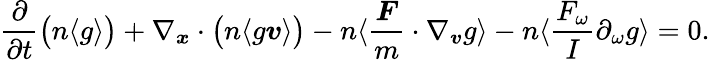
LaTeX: \frac{\partial}{\partial t}\big(n\langle g\rangle\big)+\nabla_{\boldsymbol{x}}\cdot\big(n\langle g\boldsymbol{v}\rangle\big)-n\langle\frac{\boldsymbol{F}}{m}\cdot\nabla_{\boldsymbol{v}}g\rangle-n\langle\frac{F_{\omega}}{I}\partial_{\omega}g\rangle=0.